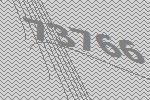
73766